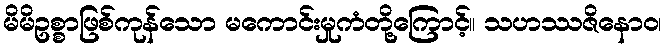
မိမိဥစ္စာဖြစ်ကုန်သော မကောင်းမှုကံတို့ကြောင့်။ သဟဿဇိနောဝ၊